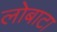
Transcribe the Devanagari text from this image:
लोबाटा